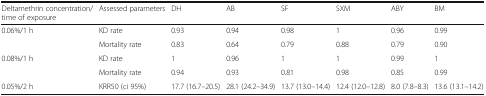
<table><thead><tr><td><b>Deltamethrin concentration/time of exposure</b></td><td><b>Assessed parameters</b></td><td><b>DH</b></td><td><b>AB</b></td><td><b>SF</b></td><td><b>SXM</b></td><td><b>ABY</b></td><td><b>BM</b></td></tr></thead><tbody><tr><td rowspan="2">0.06%/1 h</td><td>KD rate</td><td>0.93</td><td>0.94</td><td>0.98</td><td>1</td><td>0.96</td><td>0.99</td></tr><tr><td>Mortality rate</td><td>0.83</td><td>0.64</td><td>0.79</td><td>0.88</td><td>0.79</td><td>0.90</td></tr><tr><td rowspan="2">0.08%/1 h</td><td>KD rate</td><td>1</td><td>0.96</td><td>1</td><td>1</td><td>0.99</td><td>1</td></tr><tr><td>Mortality rate</td><td>0.94</td><td>0.93</td><td>0.81</td><td>0.98</td><td>0.85</td><td>0.99</td></tr><tr><td>0.05%/2 h</td><td>KRR50 (ci 95%)</td><td>17.7 (16.7–20.5)</td><td>28.1 (24.2–34.9)</td><td>13.7 (13.0–14.4)</td><td>12.4 (12.0–12.8)</td><td>8.0 (7.8–8.3)</td><td>13.6 (13.1–14.2)</td></tr></tbody></table>